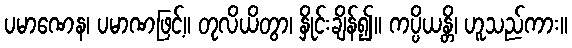
ပမာဏေန၊ ပမာဏဖြင့်။ တုလိယိတွာ၊ နှိုင်းချိန်၍။ ကပ္ပိယန္တိ၊ ဟူသည်ကား။